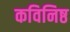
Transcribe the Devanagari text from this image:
कविनिष्ठ